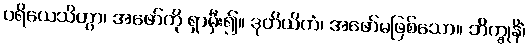
ပရိယေသိတွာ၊ အဖော်ကို ရှာမှီး၍။ ဒုတိယိကံ၊ အဖော်မဖြစ်သော။ ဘိက္ခုနိံ၊